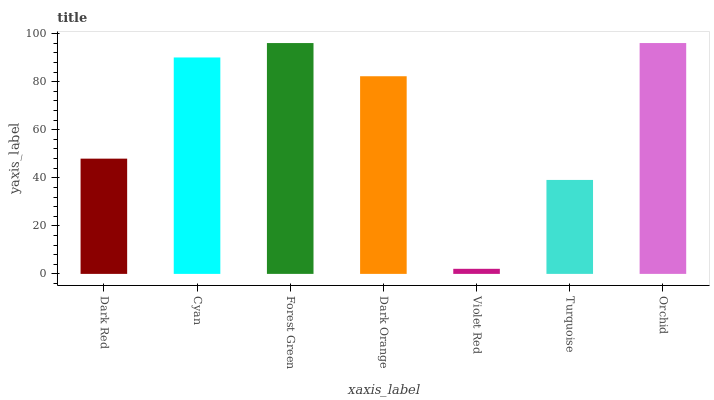
| xaxis_label | bars |
 | --- | --- |
 | Dark Red | 48 |
 | Cyan | 90.1 |
 | Forest Green | 96.1 |
 | Dark Orange | 82.3 |
 | Violet Red | 2.12 |
 | Turquoise | 39.1 |
 | Orchid | 96.1 |